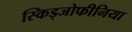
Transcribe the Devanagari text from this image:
स्किड्जोफीनिया